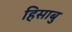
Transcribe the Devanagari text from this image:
हिसाबु